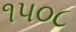
૧૫૦૮